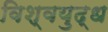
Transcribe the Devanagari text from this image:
विश्‍वयुद्ध